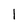
Character: 1